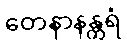
တေနာနန္တရံ